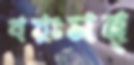
বয়ঃসন্